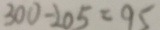
3 0 0 - 2 0 5 = 9 5